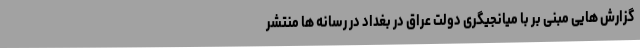
گزارش هایی مبنی بر با میانجیگری دولت عراق در بغداد در رسانه ها منتشر